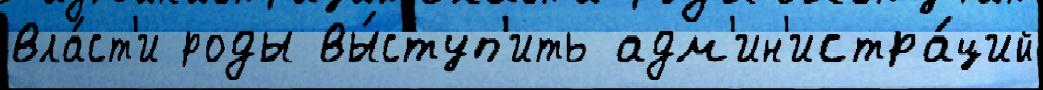
вла́ст'и роды вы́ступ'ить адм'ин'истра́ций